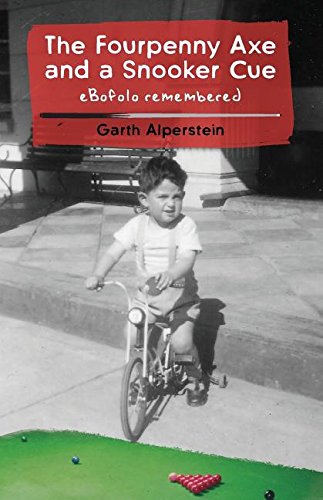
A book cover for The Fourpenny Axe and a Snooker Cue; Garth Alperstein; Biographies & Memoirs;